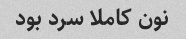
نون کاملا سرد بود